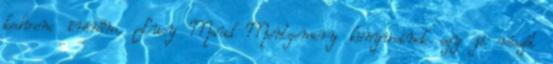
kedvenc írónőm, Lucy Maud Montgomery könyveinek egy jó részét